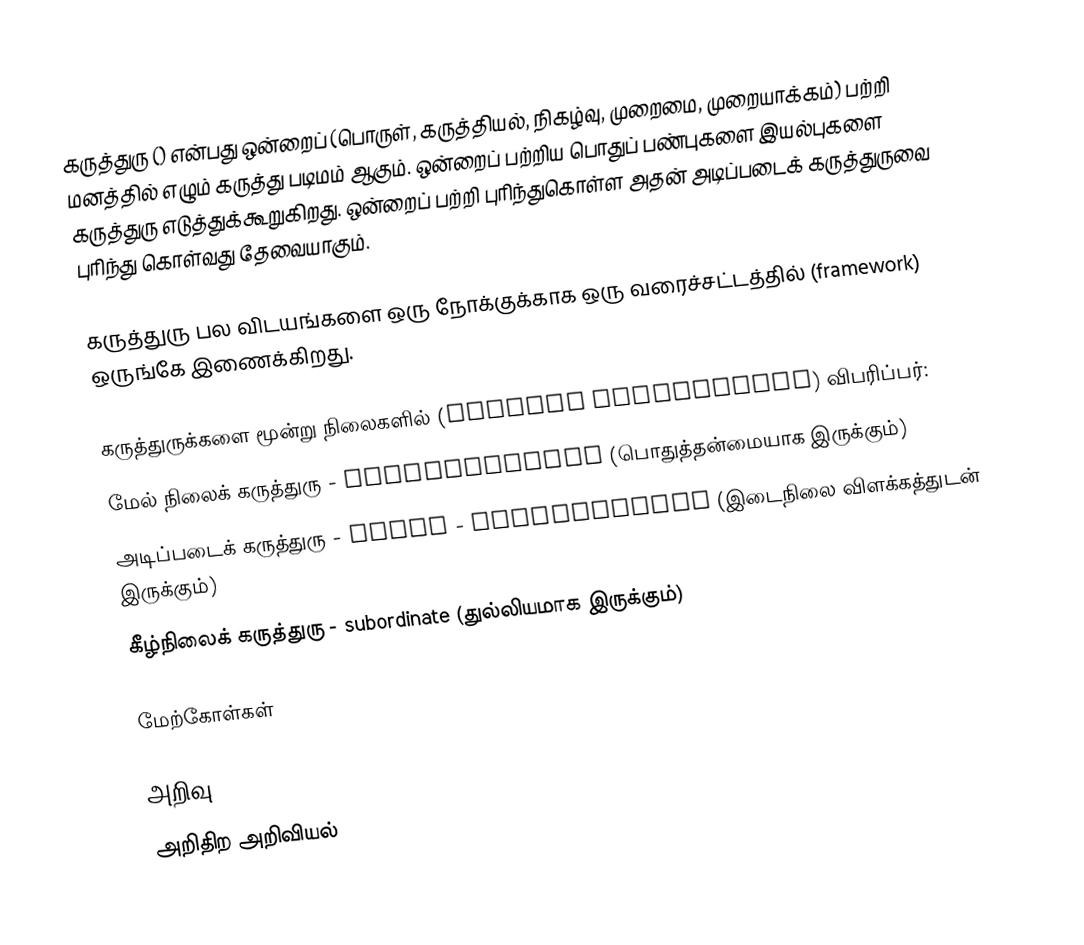
கருத்துரு () என்பது ஒன்றைப் (பொருள், கருத்தியல், நிகழ்வு, முறைமை, முறையாக்கம்) பற்றி மனத்தில் எழும் கருத்து படிமம் ஆகும். ஒன்றைப் பற்றிய பொதுப் பண்புகளை இயல்புகளை கருத்துரு எடுத்துக்கூறுகிறது. ஒன்றைப் பற்றி புரிந்துகொள்ள அதன் அடிப்படைக் கருத்துருவை புரிந்து கொள்வது தேவையாகும்.

கருத்துரு பல விடயங்களை ஒரு நோக்குக்காக ஒரு வரைச்சட்டத்தில் (framework) ஒருங்கே இணைக்கிறது.

கருத்துருக்களை மூன்று நிலைகளில் (concept hierarchies) விபரிப்பர்:
 மேல் நிலைக் கருத்துரு - superordinate (பொதுத்தன்மையாக இருக்கும்)
 அடிப்படைக் கருத்துரு - basic - intermediate (இடைநிலை விளக்கத்துடன் இருக்கும்)
 கீழ்நிலைக் கருத்துரு - subordinate (துல்லியமாக இருக்கும்)

மேற்கோள்கள்

அறிவு
அறிதிற அறிவியல்